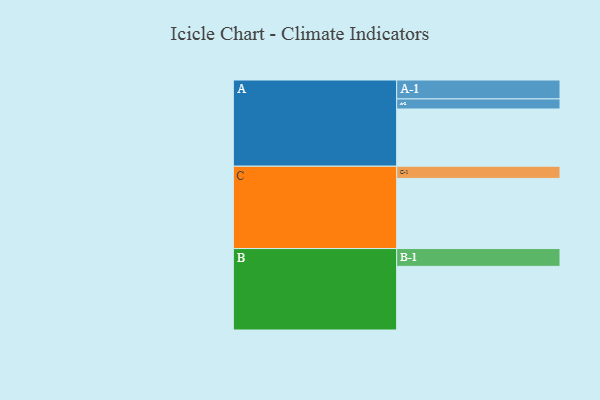
{"axis": {"x": "Segment", "y": "Value"}, "legend": ["", "A", "B", "C"], "data": [{"x": "A", "y": 466, "type": ""}, {"x": "B", "y": 518, "type": ""}, {"x": "C", "y": 571, "type": ""}, {"x": "A-1", "y": 154, "type": "A"}, {"x": "A-2", "y": 82, "type": "A"}, {"x": "B-1", "y": 145, "type": "B"}, {"x": "C-1", "y": 99, "type": "C"}]}